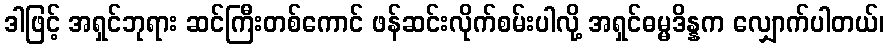
ဒါဖြင့် အရှင်ဘုရား ဆင်ကြီးတစ်ကောင် ဖန်ဆင်းလိုက်စမ်းပါလို့ အရှင်ဓမ္မဒိန္နက လျှောက်ပါတယ်၊